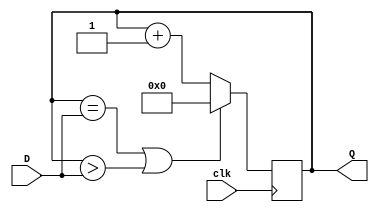

module RateDivider(input [27:0] D,
							input clk,
							output [27:0] Q);
							
	reg [27:0] QR = 28'b0000000000000000000000000000;
	assign Q = QR;
	always @ (posedge clk) begin
		if (QR == D|| QR > D)
			QR <= 0;
		else
			QR <= QR+1;
	end
endmodule

module DisplayCounter(input Enable,
							input clk,
							output reg [3:0] Q);
	initial Q <= {4{1'b0}};
	always @(posedge clk) begin
		if(Q == 4'b1001 && Enable == 1'b1)
			Q <=4'b0000;
		else if (Enable == 1'b1)
			Q <= Q+1;
	end
endmodule

module clock_counter (input [1:0] SW,
							input CLOCK_50,
	 						output [6:0] HEX0);
	reg [27:0] w0;
	wire w2;
	wire [3:0] w3;
	wire [27:0] w1;
	
	
	always @ (*) begin//posedge CLOCK_50) begin
		case (SW[1:0])
			2'b00:	w0 <= 28'b0000000000000000000000000000;
			/*2'b01:	w0 <= 1;  //28'b0000000000000000000000000001;
			2'b10:	w0 <= 2;  //28'b0000000000000000000000000010;
			2'b11:	w0 <= 3;  //28'b0000000000000000000000000011;
			*/2'b01:	w0 <= 24999999;  //28'b0001011111010111100000111111;
			2'b10:	w0 <= 49999999;  //28'b0010111110101111000001111111;
			2'b11:	w0 <= 99999999;  //28'b0101111101011110000011111111;
		endcase
	end
	
	assign w2 = ~ (|w1);
	RateDivider U1(w0, CLOCK_50, w1);
	DisplayCounter U2(.Enable(w2), .clk(CLOCK_50), .Q(w3));
	bitsToHex U3(w3, HEX0); 
endmodule
	
//The following is to controlthe hex displays

module EQ1seg0 (input c1, c2, c3, c0, output o);
	assign o = (~c3 & ~c2 & ~c1 & c0)|(~c3 & c2 & ~c1 & ~c0)|(c3 & ~c2 & c1 & c0)|(c3 & c2 & ~c1 & c0);
endmodule

module EQ2seg1 (input c3, c2, c1, c0, output o);
	assign o = (~c3 & c2 & ~c1 & c0)|(~c3 & c2 & c1 & ~c0)|(c3 & ~c2 & c1 & c0)|(c3 & c2 & ~c1 & ~c0)|(c3 & c2 & c1 & ~c0)|(c3 & c2 & c1 & c0);
endmodule

module EQ3seg2 (input c3, c2, c1, c0, output o);
	assign o = (~c3 & ~c2 & c1 & ~c0)|(c3 & c2 & ~c1 & ~c0)|(c3 & c2 & c1 & ~c0)|(c3 & c2 & c1 & c0);
endmodule

module EQ4seg3 (input c3, c2, c1, c0, output o);
	assign o = (~c3 & ~c2 & ~c1 & c0)|(~c3 & c2 & ~c1 & ~c0)|(~c3 & c2 & c1 & c0)|(c3 & ~c2 & ~c1 & c0)|(c3 & ~c2 & c1 & ~c0)|(c3 & c2 & c1 & c0);
endmodule

module EQ5seg4 (input c3, c2, c1, c0, output o);
	assign o = (~c3 & ~c2 & ~c1 & c0)|(~c3 & ~c2 & c1 & c0)|(~c3 & c2 & ~c1 & ~c0)|(~c3 & c2 & ~c1 & c0)|(~c3 & c2 & c1 & c0)|(c3 & ~c2 & ~c1 & c0);
endmodule

module EQ6seg5 (input c3, c2, c1, c0, output o);
	assign o = (~c3 & ~c2 & ~c1 & c0)|(~c3 & ~c2 & c1 & ~c0)|(~c3 & ~c2 & c1 & c0)|(~c3 & c2 & c1 & c0)|(c3 & c2 & ~c1 & c0);
endmodule

module EQ7seg6 (input c3, c2, c1, c0, output o);
	assign o = (~c3 & ~c2 & ~c1 & ~c0)|(~c3 & ~c2 & ~c1 & c0)|(~c3 & c2 & c1 & c0)|(c3 & c2 & ~c1 & ~c0);
endmodule

module bitsToHex (hexIN, hexOUT);
	input [3:0] hexIN;
	output [6:0] hexOUT;
	EQ1seg0 eq1 (.c0(hexIN[0]), .c1(hexIN[1]), .c2(hexIN[2]), .c3(hexIN[3]), .o(hexOUT[0]));
	EQ2seg1 eq2 (.c0(hexIN[0]), .c1(hexIN[1]), .c2(hexIN[2]), .c3(hexIN[3]), .o(hexOUT[1]));
	EQ3seg2 eq3 (.c0(hexIN[0]), .c1(hexIN[1]), .c2(hexIN[2]), .c3(hexIN[3]), .o(hexOUT[2]));
	EQ4seg3 eq4 (.c0(hexIN[0]), .c1(hexIN[1]), .c2(hexIN[2]), .c3(hexIN[3]), .o(hexOUT[3]));
	EQ5seg4 eq5 (.c0(hexIN[0]), .c1(hexIN[1]), .c2(hexIN[2]), .c3(hexIN[3]), .o(hexOUT[4]));
	EQ6seg5 eq6 (.c0(hexIN[0]), .c1(hexIN[1]), .c2(hexIN[2]), .c3(hexIN[3]), .o(hexOUT[5]));
	EQ7seg6 eq7 (.c0(hexIN[0]), .c1(hexIN[1]), .c2(hexIN[2]), .c3(hexIN[3]), .o(hexOUT[6]));
endmodule